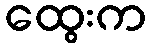
ထွေးက